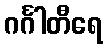
ဂင်္ဂါတီရေ